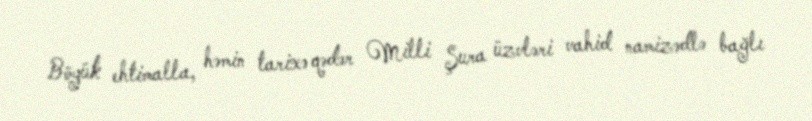
Böyük ehtimalla, həmin tarixə qədər Milli Şura üzvləri vahid namizədlə bağlı